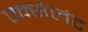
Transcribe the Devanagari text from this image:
एक्सेलंट